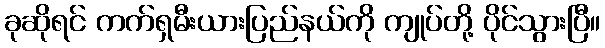
ခုဆိုရင် ကက်ရှမီးယားပြည်နယ်ကို ကျုပ်တို့ ပိုင်သွားပြီ။